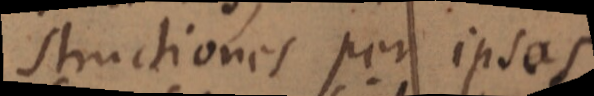
structiones per ipsas